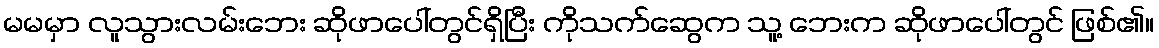
မမမှာ လူသွားလမ်းဘေး ဆိုဖာပေါ်တွင်ရှိပြီး ကိုသက်ဆွေက သူ့ ဘေးက ဆိုဖာပေါ်တွင် ဖြစ်၏။